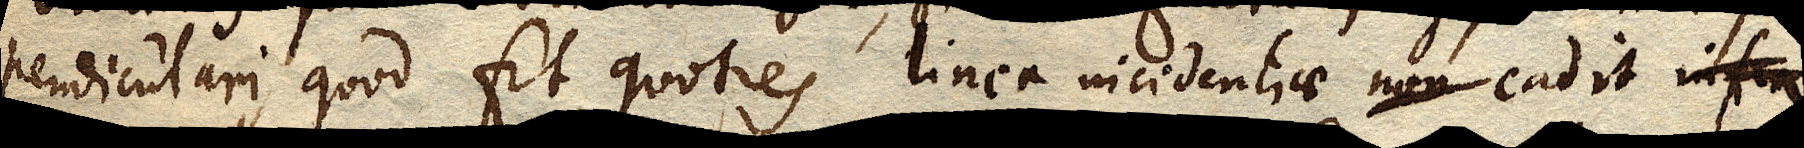
pendiculari, quod fit, quoties linea incidentiae non cadit infra